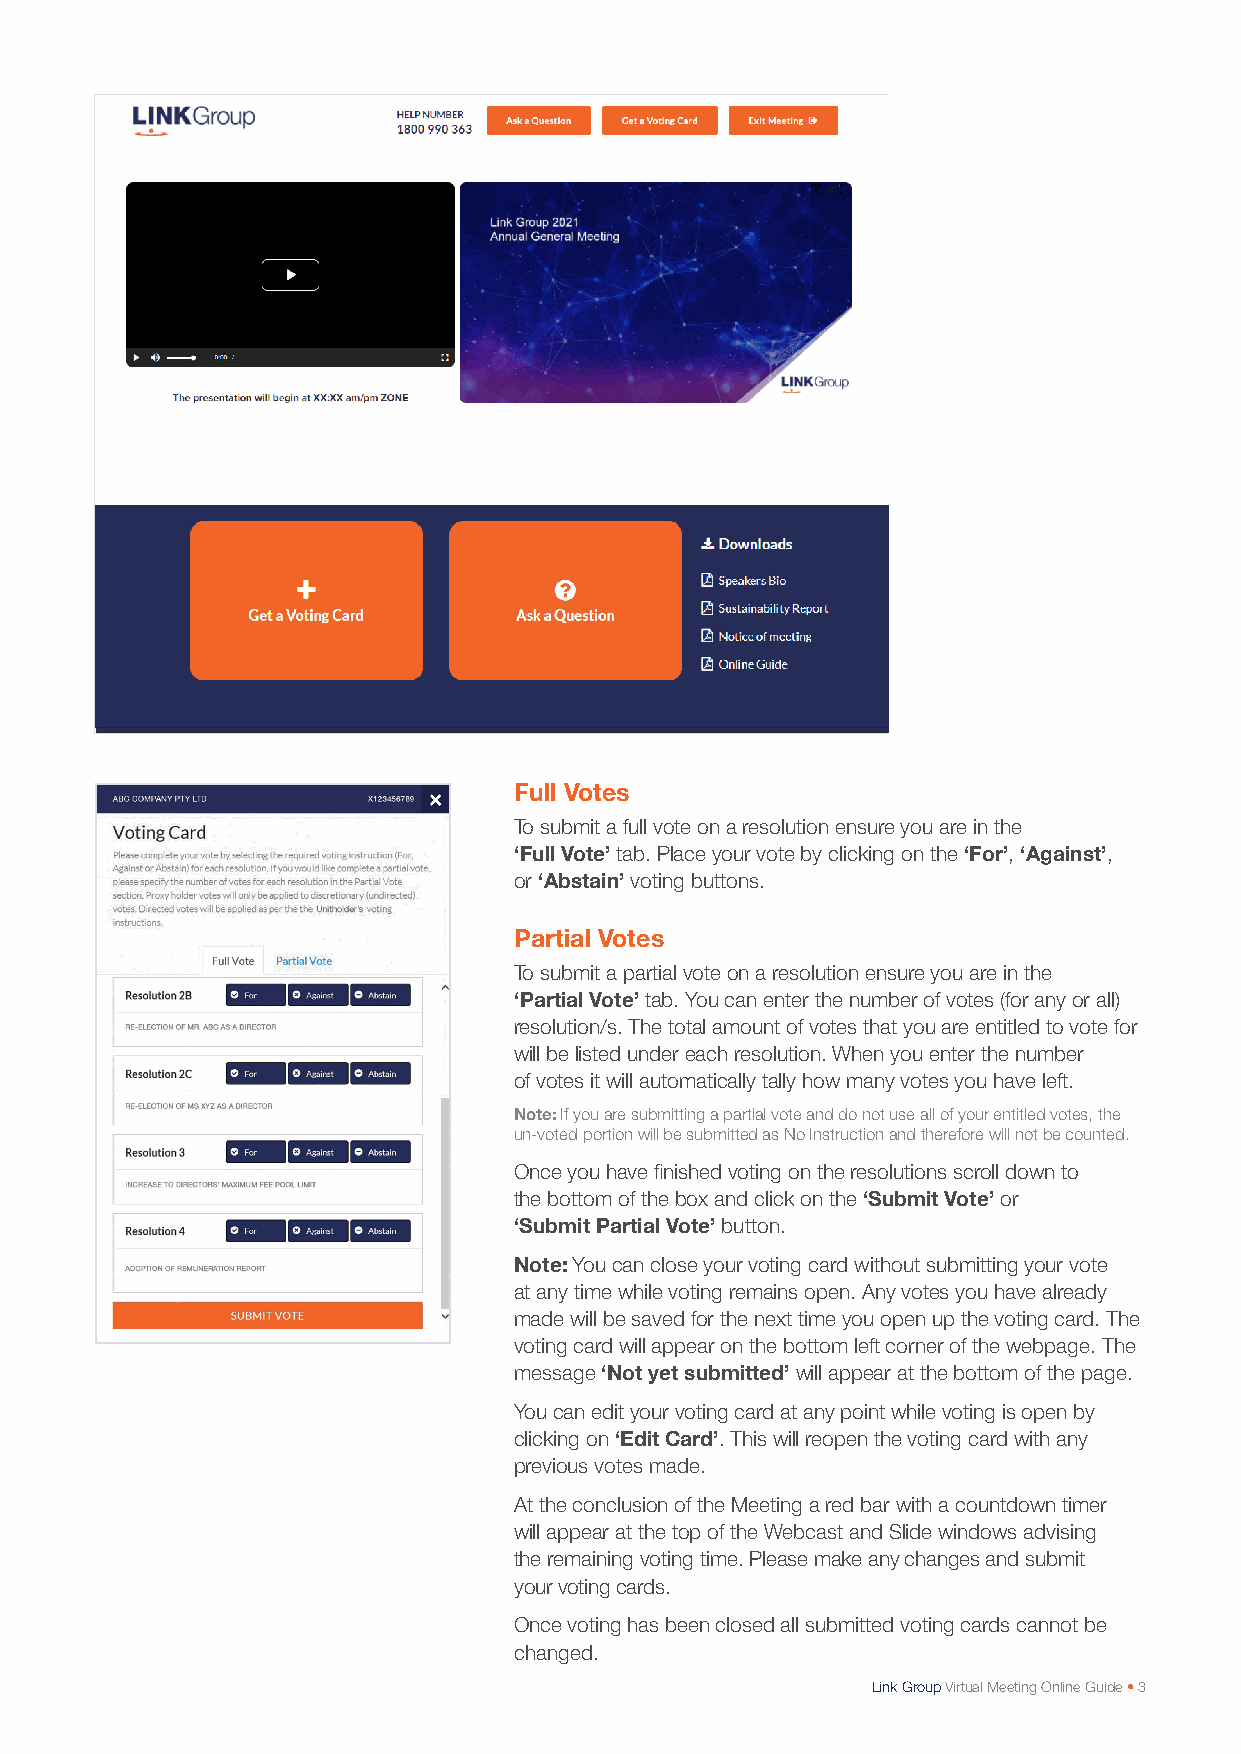
Full Votes
 To submit a full vote on a resolution ensure you are in the
 ‘Full Vote’ tab. Place your vote by clicking on the ‘For’, ‘Against’,
 or ‘Abstain’ voting buttons.
 Partial Votes
 To submit a partial vote on a resolution ensure you are in the
 ‘Partial Vote’ tab. You can enter the number of votes (for any or all)
 resolution/s. The total amount of votes that you are entitled to vote for
 will be listed under each resolution. When you enter the number
 of votes it will automatically tally how many votes you have left.
 Note: If you are submitting a partial vote and do not use all of your entitled votes, the
 un-voted portion will be submitted as No Instruction and therefore will not be counted.
 Once you have finished voting on the resolutions scroll down to
 the bottom of the box and click on the ‘Submit Vote’ or
 ‘Submit Partial Vote’ button.
 Note: You can close your voting card without submitting your vote
 at any time while voting remains open. Any votes you have already
 made will be saved for the next time you open up the voting card. The
 voting card will appear on the bottom left corner of the webpage. The
 message ‘Not yet submitted’ will appear at the bottom of the page.
 You can edit your voting card at any point while voting is open by
 clicking on ‘Edit Card’. This will reopen the voting card with any
 previous votes made.
 At the conclusion of the Meeting a red bar with a countdown timer
 will appear at the top of the Webcast and Slide windows advising
 the remaining voting time. Please make any changes and submit
 your voting cards.
 Once voting has been closed all submitted voting cards cannot be
 changed.
 Link Group Virtual Meeting Online Guide • 3